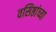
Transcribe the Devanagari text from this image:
वसिष्ठांच्या